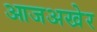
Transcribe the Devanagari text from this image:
आजअखेर